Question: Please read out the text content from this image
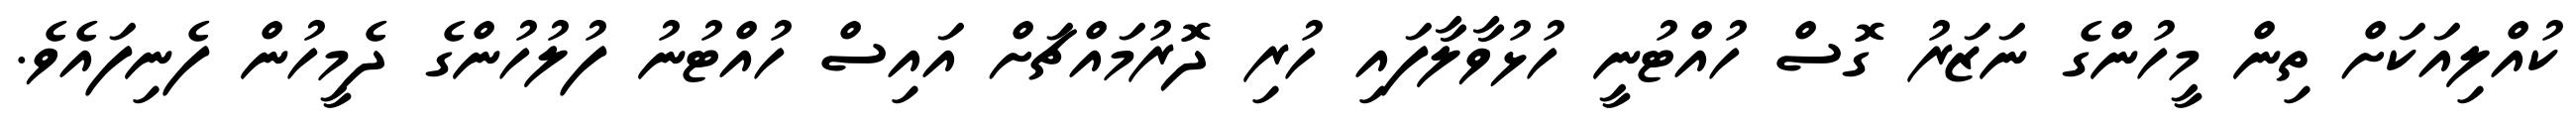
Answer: ކުއްލިއަކަށް ތިން މީހުންގެ ނަޒަރު ގޮސް ހުއްޓުނީ ހުޅުވާލާފައި ހުރި ދޮރުމައްޗަށް އައިސް ހުއްޓުނު ފުލުހުންގެ ދެމީހުން ފެނިފައެވެ.